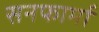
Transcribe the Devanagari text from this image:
सनफार्मा